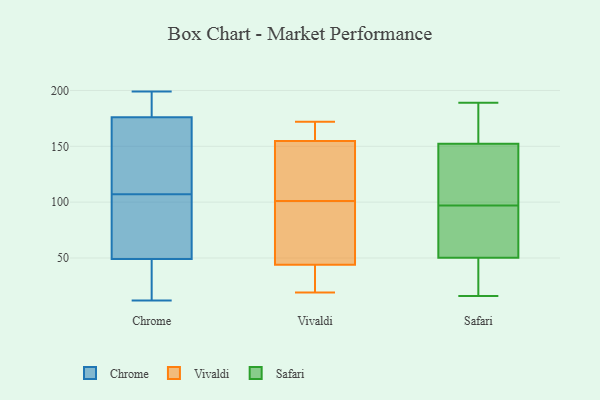
{"axis": {"x": "Website Visitors", "y": "Value"}, "legend": ["Chrome", "Safari", "Vivaldi"], "data": [{"x": "", "y": 54, "type": "Chrome"}, {"x": "", "y": 199, "type": "Chrome"}, {"x": "", "y": 175, "type": "Chrome"}, {"x": "", "y": 49, "type": "Chrome"}, {"x": "", "y": 176, "type": "Chrome"}, {"x": "", "y": 32, "type": "Chrome"}, {"x": "", "y": 12, "type": "Chrome"}, {"x": "", "y": 65, "type": "Chrome"}, {"x": "", "y": 195, "type": "Chrome"}, {"x": "", "y": 138, "type": "Chrome"}, {"x": "", "y": 176, "type": "Chrome"}, {"x": "", "y": 197, "type": "Chrome"}, {"x": "", "y": 43, "type": "Chrome"}, {"x": "", "y": 76, "type": "Chrome"}, {"x": "", "y": 128, "type": "Vivaldi"}, {"x": "", "y": 172, "type": "Vivaldi"}, {"x": "", "y": 171, "type": "Vivaldi"}, {"x": "", "y": 34, "type": "Vivaldi"}, {"x": "", "y": 87, "type": "Vivaldi"}, {"x": "", "y": 64, "type": "Vivaldi"}, {"x": "", "y": 101, "type": "Vivaldi"}, {"x": "", "y": 25, "type": "Vivaldi"}, {"x": "", "y": 117, "type": "Vivaldi"}, {"x": "", "y": 155, "type": "Vivaldi"}, {"x": "", "y": 33, "type": "Vivaldi"}, {"x": "", "y": 127, "type": "Vivaldi"}, {"x": "", "y": 44, "type": "Vivaldi"}, {"x": "", "y": 172, "type": "Vivaldi"}, {"x": "", "y": 44, "type": "Vivaldi"}, {"x": "", "y": 159, "type": "Vivaldi"}, {"x": "", "y": 154, "type": "Vivaldi"}, {"x": "", "y": 19, "type": "Vivaldi"}, {"x": "", "y": 82, "type": "Vivaldi"}, {"x": "", "y": 102, "type": "Safari"}, {"x": "", "y": 25, "type": "Safari"}, {"x": "", "y": 97, "type": "Safari"}, {"x": "", "y": 161, "type": "Safari"}, {"x": "", "y": 189, "type": "Safari"}, {"x": "", "y": 16, "type": "Safari"}, {"x": "", "y": 126, "type": "Safari"}, {"x": "", "y": 44, "type": "Safari"}, {"x": "", "y": 92, "type": "Safari"}, {"x": "", "y": 185, "type": "Safari"}, {"x": "", "y": 69, "type": "Safari"}]}